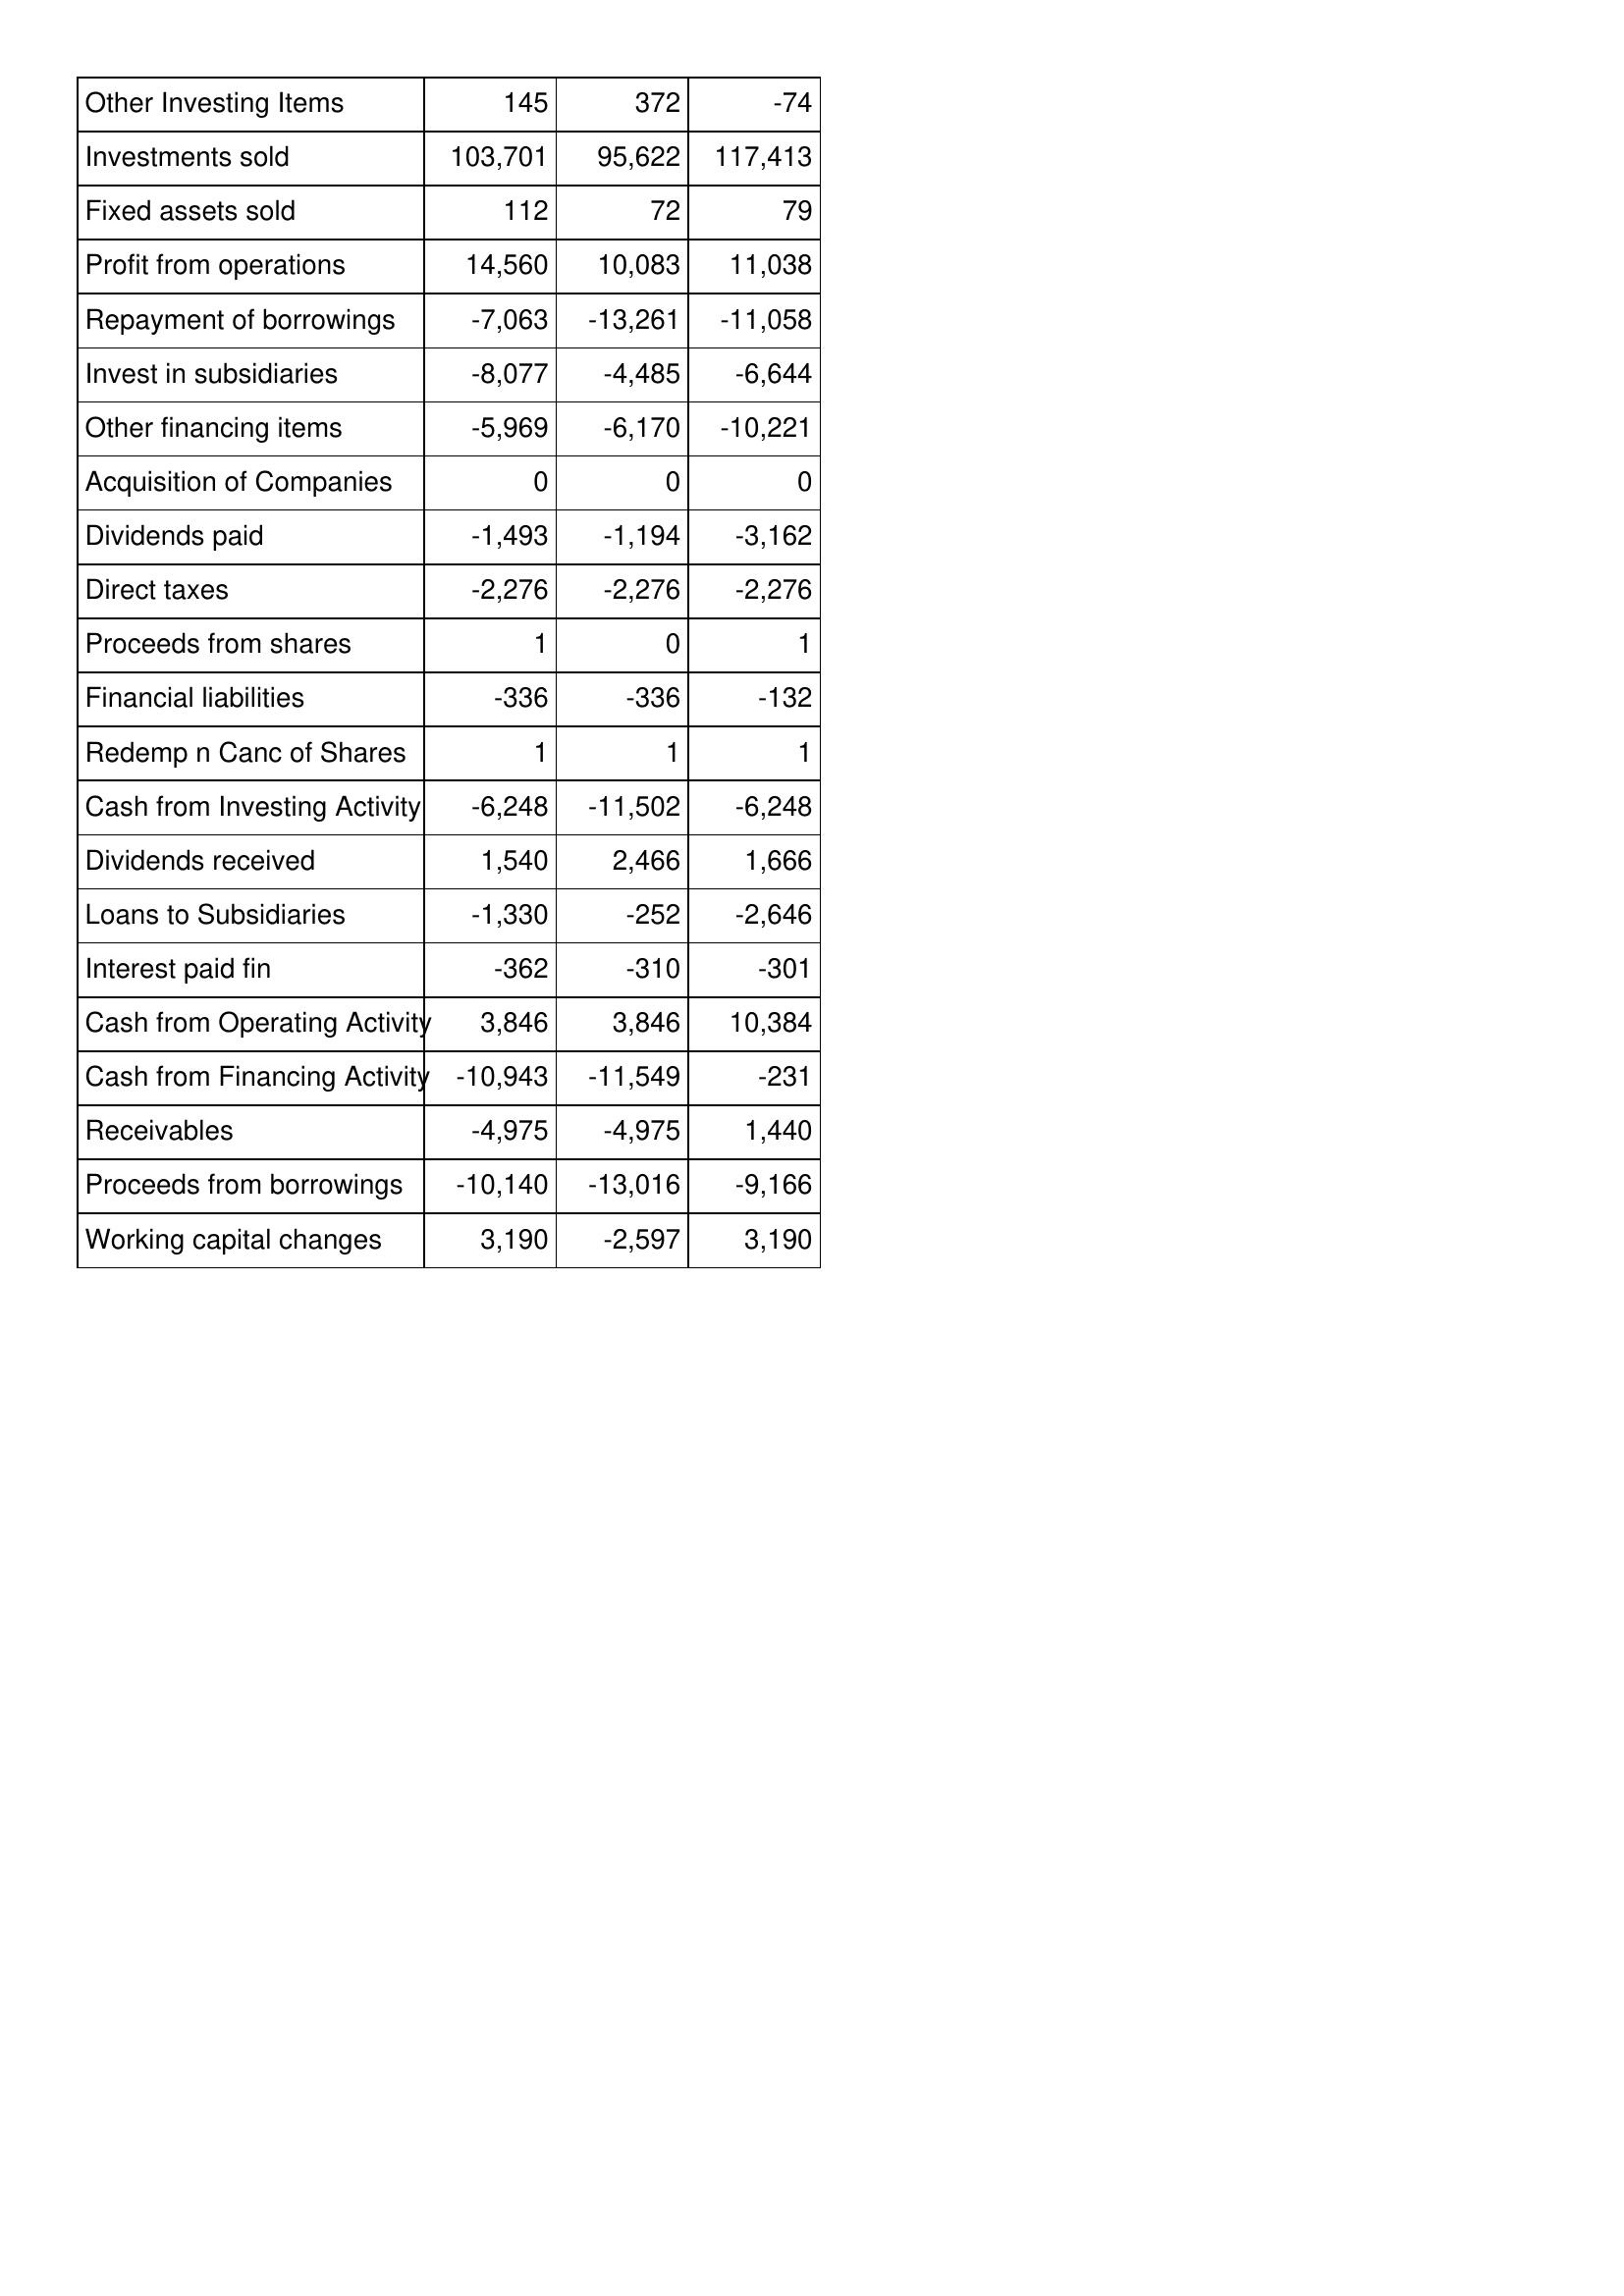
May-99: Cash Flows: Other Investing Items: 145
Investments sold: 103,701
Fixed assets sold: 112
Profit from operations: 14,560
Repayment of borrowings: -7,063
Invest in subsidiaries: -8,077
Other financing items: -5,969
Acquisition of Companies: 0
Dividends paid: -1,493
Direct taxes: -2,276
Proceeds from shares: 1
Financial liabilities: -336
Redemp n Canc of Shares: 1
Cash from Investing Activity: -6,248
Dividends received: 1,540
Loans to Subsidiaries: -1,330
Interest paid fin: -362
Cash from Operating Activity: 3,846
Cash from Financing Activity: -10,943
Receivables: -4,975
Proceeds from borrowings: -10,140
Working capital changes: 3,190
May-98: Cash Flows: Other Investing Items: 372
Investments sold: 95,622
Fixed assets sold: 72
Profit from operations: 10,083
Repayment of borrowings: -13,261
Invest in subsidiaries: -4,485
Other financing items: -6,170
Acquisition of Companies: 0
Dividends paid: -1,194
Direct taxes: -2,276
Proceeds from shares: 0
Financial liabilities: -336
Redemp n Canc of Shares: 1
Cash from Investing Activity: -11,502
Dividends received: 2,466
Loans to Subsidiaries: -252
Interest paid fin: -310
Cash from Operating Activity: 3,846
Cash from Financing Activity: -11,549
Receivables: -4,975
Proceeds from borrowings: -13,016
Working capital changes: -2,597
May-97: Cash Flows: Other Investing Items: -74
Investments sold: 117,413
Fixed assets sold: 79
Profit from operations: 11,038
Repayment of borrowings: -11,058
Invest in subsidiaries: -6,644
Other financing items: -10,221
Acquisition of Companies: 0
Dividends paid: -3,162
Direct taxes: -2,276
Proceeds from shares: 1
Financial liabilities: -132
Redemp n Canc of Shares: 1
Cash from Investing Activity: -6,248
Dividends received: 1,666
Loans to Subsidiaries: -2,646
Interest paid fin: -301
Cash from Operating Activity: 10,384
Cash from Financing Activity: -231
Receivables: 1,440
Proceeds from borrowings: -9,166
Working capital changes: 3,190